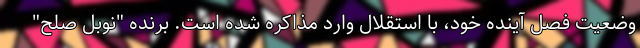
وضعیت فصل آینده خود، با استقلال وارد مذاکره شده است. برنده "نوبل صلح"